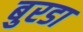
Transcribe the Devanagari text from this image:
बुरडा